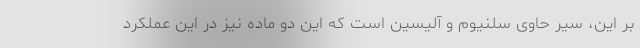
بر این، سیر حاوی سلنیوم و آلیسین است که این دو ماده نیز در این عملکرد